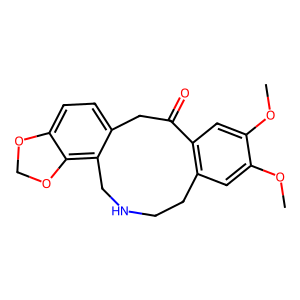
SMILES: COc1cc2c(cc1OC)C(=O)Cc1ccc3c(c1CNCC2)OCO3
Inhibits HIV replication: No